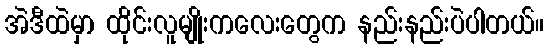
အဲဒီထဲမှာ ထိုင်းလူမျိုးကလေးတွေက နည်းနည်းပဲပါတယ်။